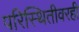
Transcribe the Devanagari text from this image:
परिस्थितीवरही